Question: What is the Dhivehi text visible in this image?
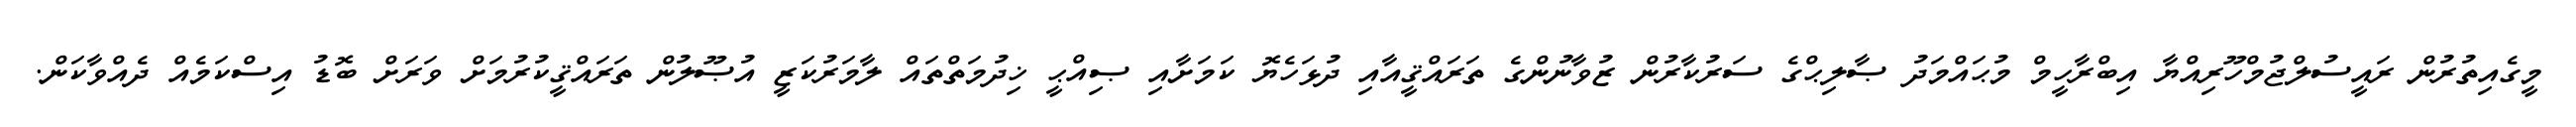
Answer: މީގެއިތުރުން ރައީސުލްޖުމްހޫރިއްޔާ އިބްރާހީމް މުޙައްމަދު ޞާލިޙްގެ ސަރުކާރުން ޒުވާނުންގެ ތަރައްޤީއާއި ދުޅަހެޔޮ ކަމަށާއި ޞިއްޙީ ޚިދުމަތްތައް ލާމަރުކަޒީ އުޞޫލުން ތަރައްޤީކުރުމަށް ވަރަށް ބޮޑު އިސްކަމެއް ދެއްވާކަން.